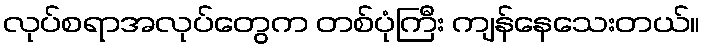
လုပ်စရာအလုပ်တွေက တစ်ပုံကြီး ကျန်နေသေးတယ်။